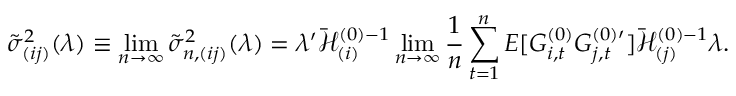
\tilde { \sigma } _ { ( i j ) } ^ { 2 } ( \lambda ) \equiv \operatorname* { l i m } _ { n \rightarrow \infty } \tilde { \sigma } _ { n , ( i j ) } ^ { 2 } ( \lambda ) = \lambda ^ { \prime } \mathcal { \bar { H } } _ { ( i ) } ^ { ( 0 ) - 1 } \operatorname* { l i m } _ { n \rightarrow \infty } \frac { 1 } { n } \sum _ { t = 1 } ^ { n } E [ G _ { i , t } ^ { ( 0 ) } G _ { j , t } ^ { ( 0 ) \prime } ] \mathcal { \bar { H } } _ { ( j ) } ^ { ( 0 ) - 1 } \lambda .